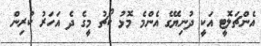
އެންޗަލޮޓީ އަކީ ދުނިޔޭގެ އެންމެ މޮޅު ކޯޗު މީގެ ދެ އަހަރު ކުރިން